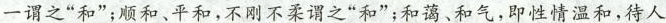
一谓之”和”；顺和、平和，不刚不柔谓之”和”；和蔼、和气，即性情温和，待人